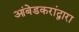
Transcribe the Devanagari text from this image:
आंबेडकरांद्वारा